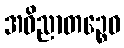
အဝိညာတဉ္စေဝ